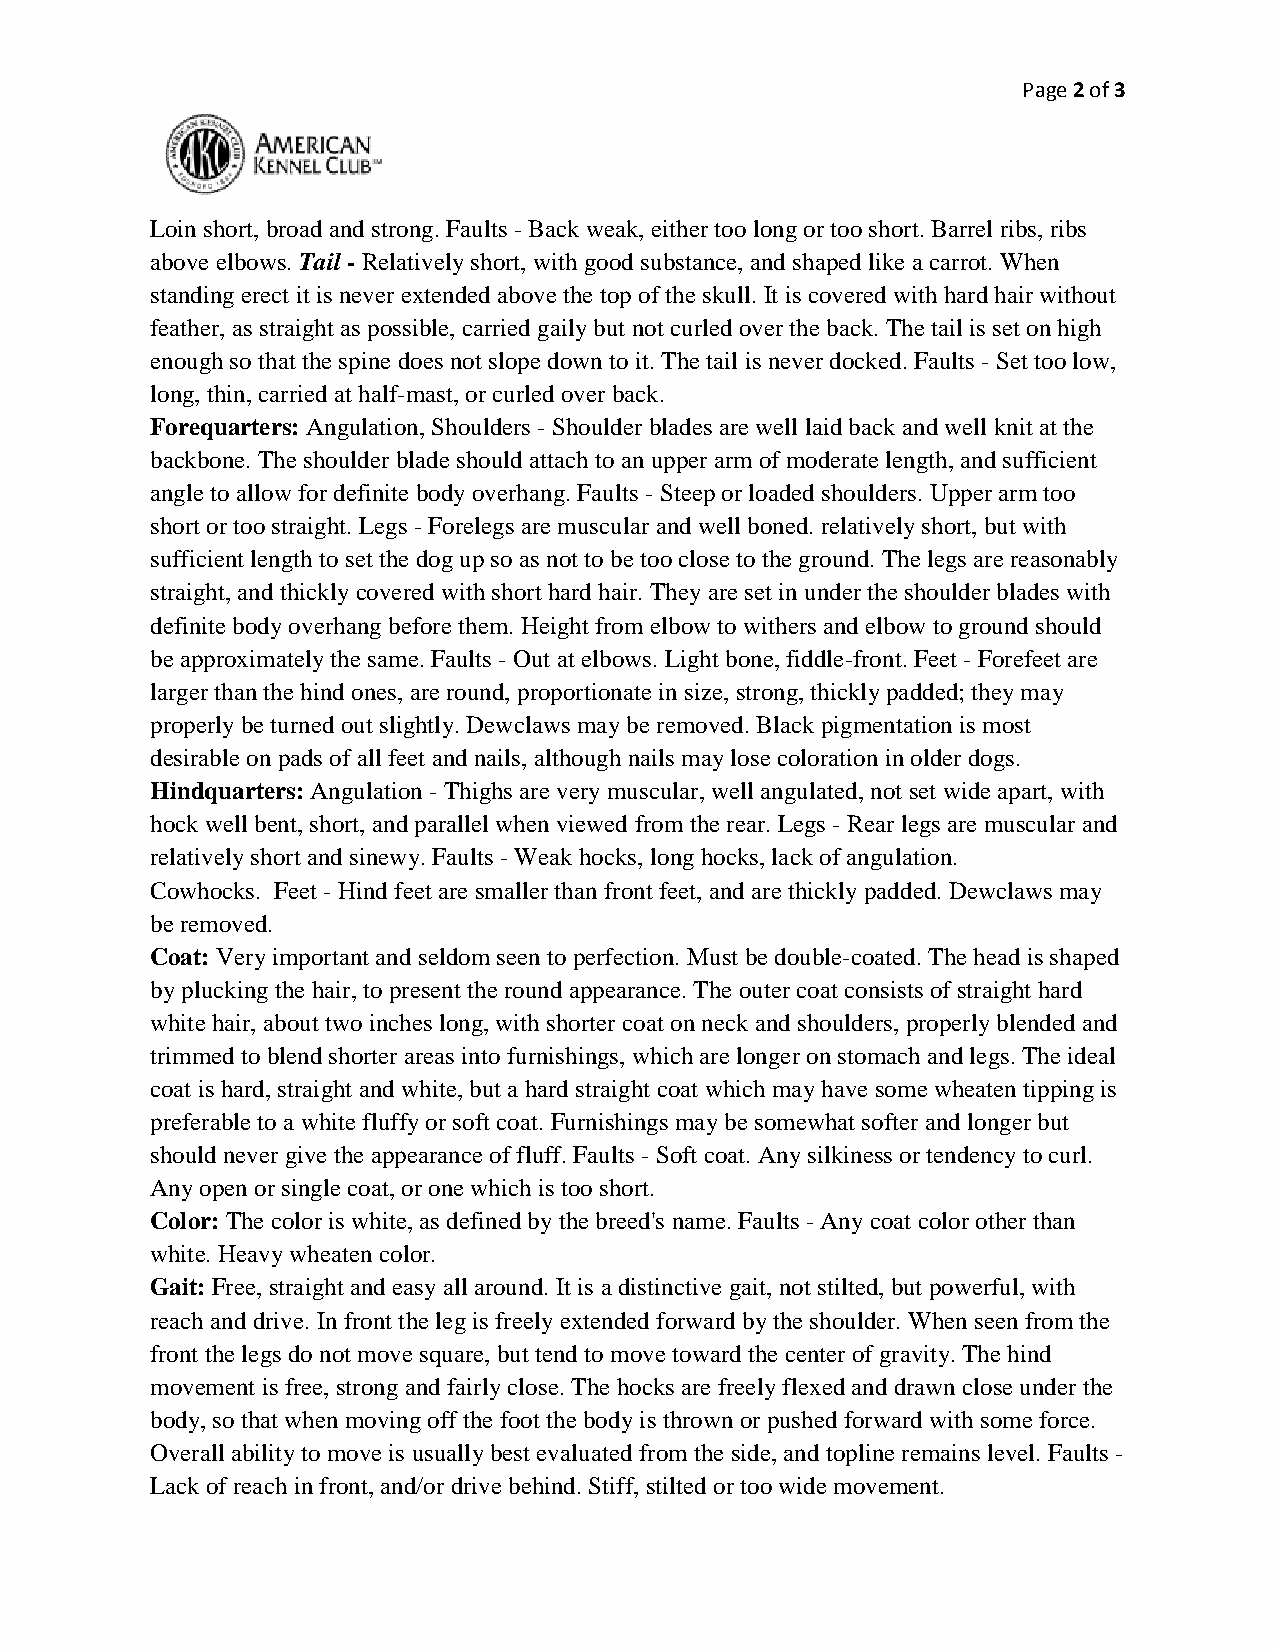
Page 2of 3
 Loin short, broad and strong. Faults - Back weak, either too long or too short. Barrel ribs, ribs
 above elbows. Tail - Relatively short, with good substance, and shaped like a carrot. When
 standing erect it is never extended above the top of the skull. It is covered with hard hair without
 feather, as straight as possible, carried gaily but not curled over the back. The tail is set on high
 enough so that the spine does not slope down to it. The tail is never docked. Faults - Set too low,
 long, thin, carried at half-mast, or curled over back.
 Forequarters: Angulation, Shoulders - Shoulder blades are well laid back and well knit at the
 backbone. The shoulder blade should attach to an upper arm of moderate length, and sufficient
 angle to allow for definite body overhang. Faults - Steep or loaded shoulders. Upper arm too
 short or too straight. Legs - Forelegs are muscular and well boned. relatively short, but with
 sufficient length to set the dog up so as not to be too close to the ground. The legs are reasonably
 straight, and thickly covered with short hard hair. They are set in under the shoulder blades with
 definite body overhang before them. Height from elbow to withers and elbow to ground should
 be approximately the same. Faults - Out at elbows. Light bone, fiddle-front. Feet - Forefeet are
 larger than the hind ones, are round, proportionate in size, strong, thickly padded; they may
 properly be turned out slightly. Dewclaws may be removed. Black pigmentation is most
 desirable on pads of all feet and nails, although nails may lose coloration in older dogs.
 Hindquarters: Angulation - Thighs are very muscular, well angulated, not set wide apart, with
 hock well bent, short, and parallel when viewed from the rear. Legs - Rear legs are muscular and
 relatively short and sinewy. Faults - Weak hocks, long hocks, lack of angulation.
 Cowhocks. Feet - Hind feet are smaller than front feet, and are thickly padded. Dewclaws may
 be removed.
 Coat: Very important and seldom seen to perfection. Must be double-coated. The head is shaped
 by plucking the hair, to present the round appearance. The outer coat consists of straight hard
 white hair, about two inches long, with shorter coat on neck and shoulders, properly blended and
 trimmed to blend shorter areas into furnishings, which are longer on stomach and legs. The ideal
 coat is hard, straight and white, but a hard straight coat which may have some wheaten tipping is
 preferable to a white fluffy or soft coat. Furnishings may be somewhat softer and longer but
 should never give the appearance of fluff. Faults - Soft coat. Any silkiness or tendency to curl.
 Any open or single coat, or one which is too short.
 Color: The color is white, as defined by the breed's name. Faults - Any coat color other than
 white. Heavy wheaten color.
 Gait: Free, straight and easy all around. It is a distinctive gait, not stilted, but powerful, with
 reach and drive. In front the leg is freely extended forward by the shoulder. When seen from the
 front the legs do not move square, but tend to move toward the center of gravity. The hind
 movement is free, strong and fairly close. The hocks are freely flexed and drawn close under the
 body, so that when moving off the foot the body is thrown or pushed forward with some force.
 Overall ability to move is usually best evaluated from the side, and topline remains level. Faults -
 Lack of reach in front, and/or drive behind. Stiff, stilted or too wide movement.